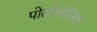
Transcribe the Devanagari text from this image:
पोलीफोनिक